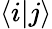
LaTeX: \langle i\vert j\rangle